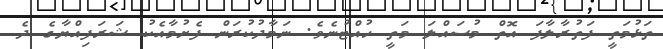
ތަޅުމަތީ ފަތުރާލާފަ އޮތް މުސައްލަ މަތީ ހުއްޓުނެވެ. ނަމާދުކުރަން ފެށުމާއެކު ޝަރަފިއްޔާގެ ދެ